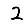
Digit: 2